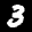
Label: 3